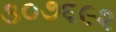
૩૦૭૬૯૨